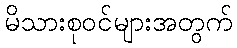
မိသားစုဝင်များအတွက်